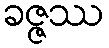
ခဇ္ဇဿ